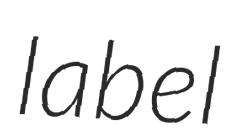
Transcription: label